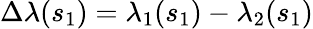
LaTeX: \Delta\lambda(s_{1})=\lambda_{1}(s_{1})-\lambda_{2}(s_{1})